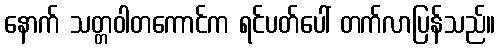
နောက် သတ္တဝါတကောင်က ရင်ပတ်ပေါ် တက်လာပြန်သည်။